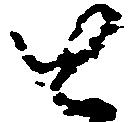
と